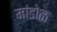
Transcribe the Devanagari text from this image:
मांडोळ